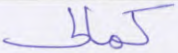
كمالي